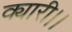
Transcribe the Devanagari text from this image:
क्यारी।।